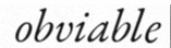
obviable